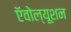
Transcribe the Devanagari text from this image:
ऍवोल्यूशन